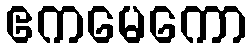
ဧကမေကော